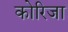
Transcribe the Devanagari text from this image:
कोरिजा